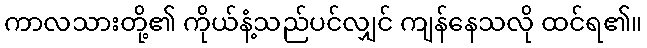
ကာလသားတို့၏ ကိုယ်နံ့သည်ပင်လျှင် ကျန်နေသလို ထင်ရ၏။